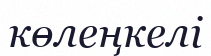
көлеңкелі